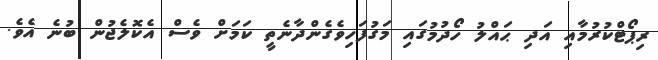
ރިޕޯޓްކުރުމާއި އަދި ޙައްލު ހޯދުމުގައި މަގުފަހިވެގެންދާނެތީ ކަމަށް ވެސް އެކޮލެޖުން ބުނެ އެވެ.